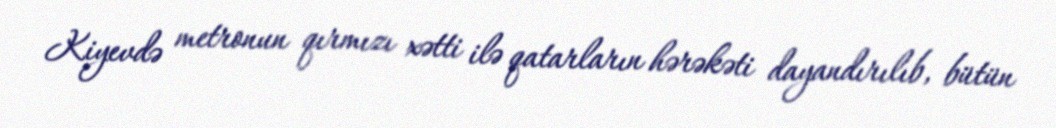
Kiyevdə metronun qırmızı xətti ilə qatarların hərəkəti dayandırılıb, bütün